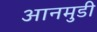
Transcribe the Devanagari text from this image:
आनमुडी